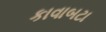
કાવાબટા